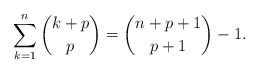
\begin{align*}\sum_{k=1}^{n} \binom{k+p}{p} = \binom{n+p+1}{p+1} -1.\end{align*}